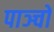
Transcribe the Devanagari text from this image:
पाञ्चों